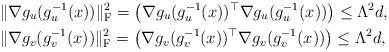
LaTeX: \begin{align*}&\|\nabla g_u(g_u^{-1}(x))\|_{\mathrm{F}}^2 = \left( \nabla g_u(g_u^{-1}(x))^\top \nabla g_u(g_u^{-1}(x)) \right)\leq \Lambda^2 d,\\&\|\nabla g_v(g_v^{-1}(x))\|_{\mathrm{F}}^2 = \left( \nabla g_v(g_v^{-1}(x))^\top \nabla g_v(g_v^{-1}(x)) \right)\leq \Lambda^2 d,\end{align*}